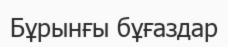
Бұрынғы бұғаздар